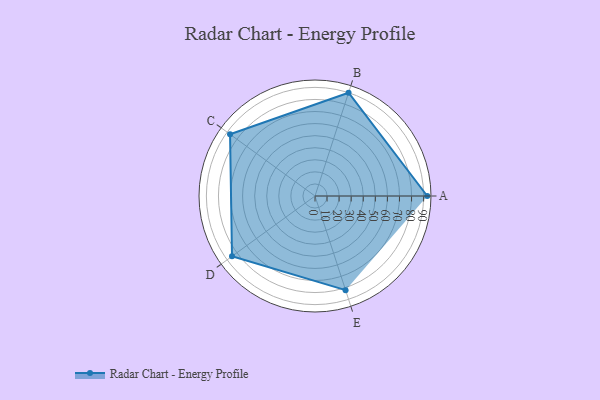
{"axis": {"x": "Skill", "y": "Score"}, "legend": ["Profile"], "data": [{"x": "A", "y": 93.0, "type": "Profile"}, {"x": "B", "y": 90.0, "type": "Profile"}, {"x": "C", "y": 87.0, "type": "Profile"}, {"x": "D", "y": 85.0, "type": "Profile"}, {"x": "E", "y": 82.0, "type": "Profile"}]}